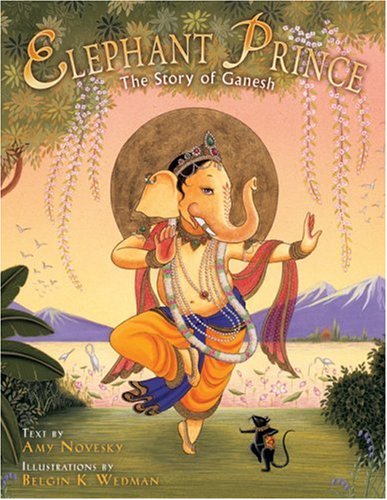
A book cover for Elephant Prince: The Story of Ganesh; Amy Novesky; Literature & Fiction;